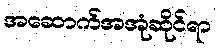
အဆောက်အအုံဆိုင်ရာ